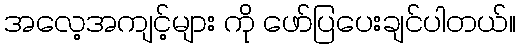
အလေ့အကျင့်များ ကို ဖော်ပြပေးချင်ပါတယ်။